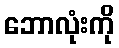
ဘောလုံးကို